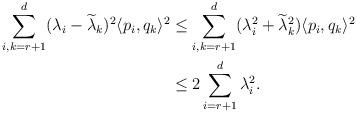
LaTeX: \begin{align*}\sum_{i,k=r+1}^{d} (\lambda_i - \widetilde \lambda_k)^2 \langle p_i, q_k\rangle^2 & \leq \sum_{i,k=r+1}^{d} (\lambda_i^2 + \widetilde \lambda_k^2) \langle p_i, q_k\rangle^2 \\& \leq 2 \sum_{i=r+1}^{d}\lambda_i^2.\end{align*}